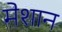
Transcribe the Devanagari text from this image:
मेशान